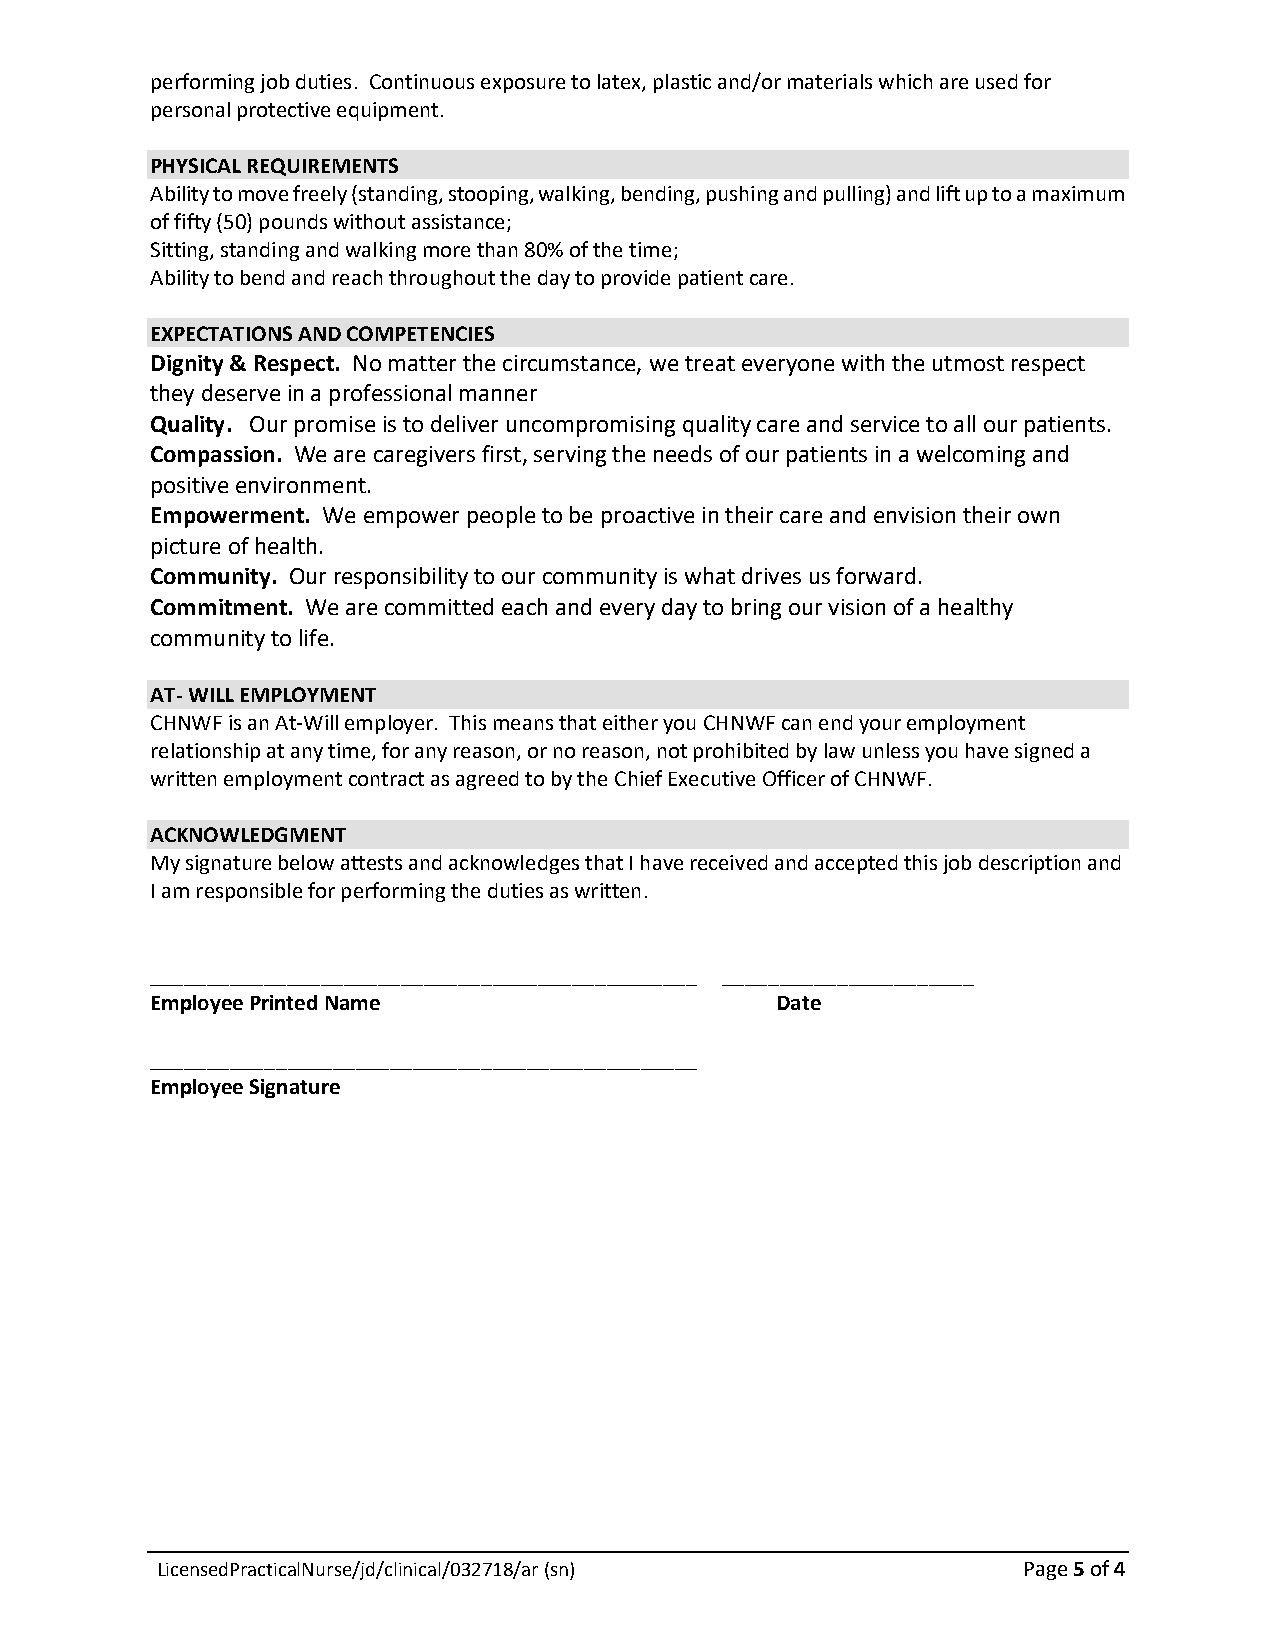
performing job duties. Continuous exposure to latex, plastic and/or materials which are used for
 personal protective equipment.
 PHYSICAL REQUIREMENTS
 Ability to move freely (standing, stooping, walking, bending, pushing and pulling) and lift up to a maximum
 of fifty (50) pounds without assistance;
 Sitting, standing and walking more than 80% of the time;
 Ability to bend and reach throughout the day to provide patient care.
 EXPECTATIONS AND COMPETENCIES
 Dignity & Respect. No matter the circumstance, we treat everyone with the utmost respect
 they deserve in a professional manner
 Quality. Our promise is to deliver uncompromising quality care and service to all our patients.
 Compassion. We are caregivers first, serving the needs of our patients in a welcoming and
 positive environment.
 Empowerment. We empower people to be proactive in their care and envision their own
 picture of health.
 Community. Our responsibility to our community is what drives us forward.
 Commitment. We are committed each and every day to bring our vision of a healthy
 community to life.
 AT- WILL EMPLOYMENT
 CHNWF is an At-Will employer. This means that either you CHNWF can end your employment
 relationship at any time, for any reason, or no reason, not prohibited by law unless you have signed a
 written employment contract as agreed to by the Chief Executive Officer of CHNWF.
 ACKNOWLEDGMENT
 My signature below attests and acknowledges that I have received and accepted this job description and
 I am responsible for performing the duties as written.
 ________________________________________________ ______________________
 Employee Printed Name                    Date
 ________________________________________________
 Employee Signature
 LicensedPracticalNurse/jd/clinical/032718/ar (sn)         Page 5 of 4